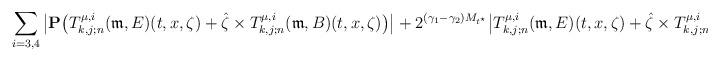
LaTeX: \begin{align*}\sum_{i=3,4}\big|\mathbf{P}\big( T_{k,j;n}^{\mu,i}( \mathfrak{m}, E)(t,x,\zeta) + \hat{\zeta}\times T_{k,j;n}^{\mu,i}( \mathfrak{m}, B)(t,x, \zeta)\big) \big|+ 2^{(\gamma_1-\gamma_2)M_{t^{\star}}} \big| T_{k,j;n}^{\mu,i}( \mathfrak{m}, E)(t,x,\zeta) + \hat{\zeta}\times T_{k,j;n}^{\mu,i}( \mathfrak{m}, B)(t,x, \zeta) \big|\end{align*}